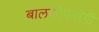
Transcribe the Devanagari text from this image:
बालकोपयोगी